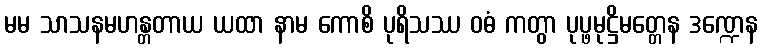
မမ သာသနမဟန္တတာယ ယထာ နာမ ကောစိ ပုရိသဿ ဝဓံ ကတွာ ပုပ္ဖမုဋ္ဌိမတ္တေန ဒဏ္ဍေန